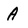
Character: A